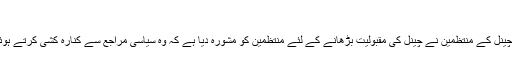
پردہ پوشی کی کوشش
کچھ عرصہ قبل انجمن حجتیہ سے وابستہ سلام چینل کے منتظمین نے چینل کی مقبولیت بڑھانے کے لئے منتظمین کو مشورہ دیا ہے کہ وہ سیاسی مراجع سے کنارہ کشی کرتے ہوئے روائتی مراجع تقلید سے توثیق حاصل کریں۔